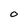
Character: 0